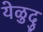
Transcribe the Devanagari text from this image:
येळुदु